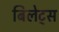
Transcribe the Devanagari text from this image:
बिलेट्स